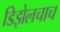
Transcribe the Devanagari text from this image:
डिझेलचाच